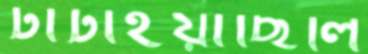
টাটাইয়াছিলি